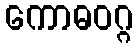
ကောဓဝဂ္ဂ